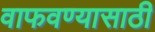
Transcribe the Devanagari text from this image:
वाफवण्यासाठी